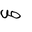
Letter: _sad